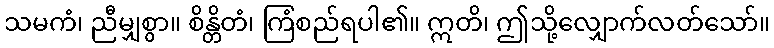
သမကံ၊ ညီမျှစွာ။ စိန္တိတံ၊ ကြံစည်ရပါ၏။ ဣတိ၊ ဤသို့လျှောက်လတ်သော်။